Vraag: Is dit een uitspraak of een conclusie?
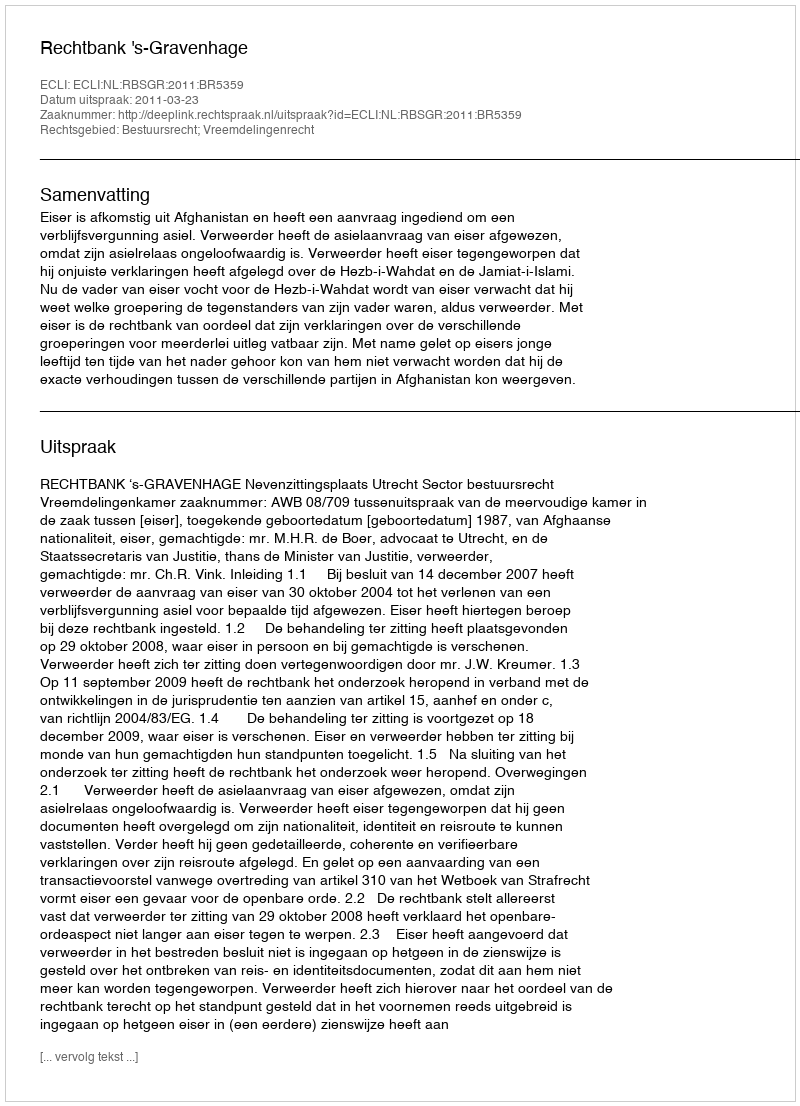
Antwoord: Uitspraak